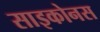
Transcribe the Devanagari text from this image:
साइकोनस